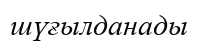
шүғылданады